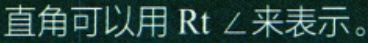
直角可以用$\mathrm{Rt}\angle$来表示。